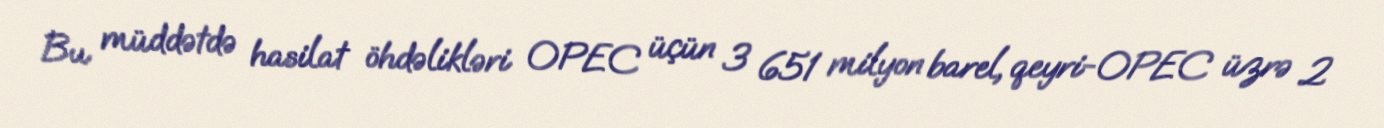
Bu müddətdə hasilat öhdəlikləri OPEC üçün 3 651 milyon barel, qeyri-OPEC üzrə 2